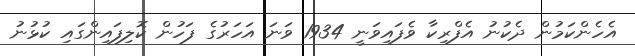
އެހެންކަމުން ދެކުނު އެފްރިކާ ވެފައިވަނީ 1934 ވަނަ އަހަރުގެ ފަހުން ކޮލިފައިންގައި ކުޅުނު